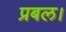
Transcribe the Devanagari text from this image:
प्रबल।